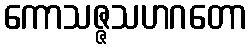
ကောသဇ္ဇသဟဂတော